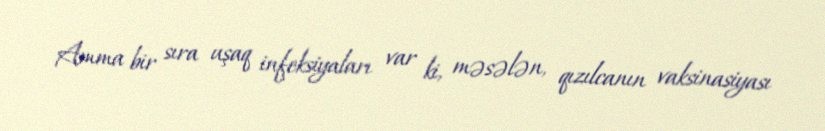
Amma bir sıra uşaq infeksiyaları var ki, məsələn, qızılcanın vaksinasiyası